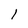
Character: l